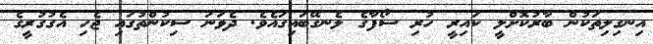
އިނގިލިތަކުން ބާރުކޮށްލީ ކައިރީ ހުރި ސޯފާގެ ލެނގޭބައިގައެވެ. ދެވަނަ ސިކުންތުގައި ޖެހި އެގުގުރީގެ